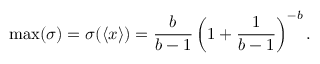
\operatorname* { m a x } ( \sigma ) = \sigma ( \langle x \rangle ) = \frac { b } { b - 1 } \left( 1 + \frac { 1 } { b - 1 } \right) ^ { - b } .